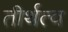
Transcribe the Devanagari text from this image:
तीर्थत्व